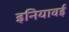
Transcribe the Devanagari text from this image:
इनियावई